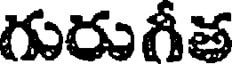
గురుగీత